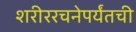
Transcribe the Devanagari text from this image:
शरीररचनेपर्यंतची